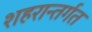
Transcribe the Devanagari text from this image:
शहरान्तर्गत